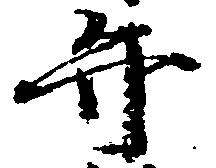
弁